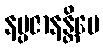
နပ္ပဇာနန္တိပေ